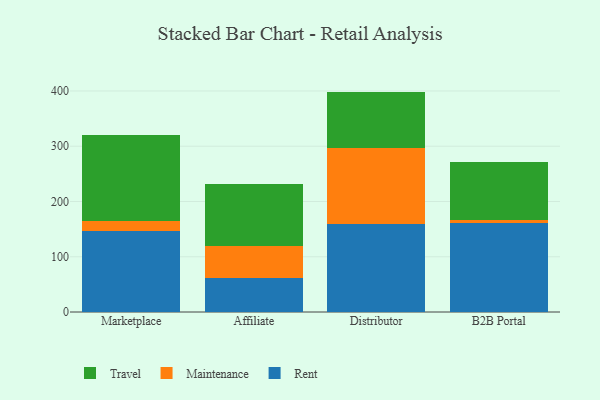
{"axis": {"x": "Channel", "y": "Headcount"}, "legend": ["Maintenance", "Rent", "Travel"], "data": [{"x": "Marketplace", "y": 147.1, "type": "Rent"}, {"x": "Marketplace", "y": 17.0, "type": "Maintenance"}, {"x": "Marketplace", "y": 155.9, "type": "Travel"}, {"x": "Affiliate", "y": 61.6, "type": "Rent"}, {"x": "Affiliate", "y": 57.6, "type": "Maintenance"}, {"x": "Affiliate", "y": 113.3, "type": "Travel"}, {"x": "Distributor", "y": 159.4, "type": "Rent"}, {"x": "Distributor", "y": 136.7, "type": "Maintenance"}, {"x": "Distributor", "y": 102.8, "type": "Travel"}, {"x": "B2B Portal", "y": 160.9, "type": "Rent"}, {"x": "B2B Portal", "y": 5.1, "type": "Maintenance"}, {"x": "B2B Portal", "y": 105.4, "type": "Travel"}]}